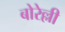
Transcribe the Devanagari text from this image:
बोरेल्ली